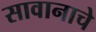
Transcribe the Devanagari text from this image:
सावानाचे